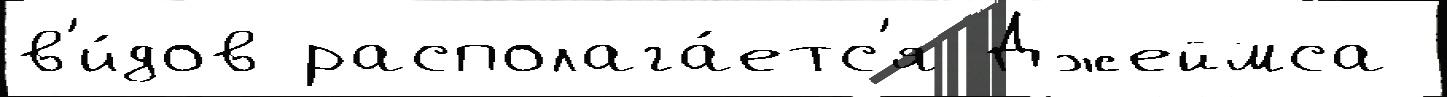
в'и́дов располага́етс'я Джеймса